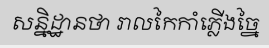
សន្និដ្ឋានថា រាលកៃកាំភ្លើងច្នៃ